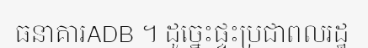
ធនាគារADB ។ ដូច្នេះផ្ទះប្រជាពលរដ្ឋ